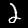
Label: 2